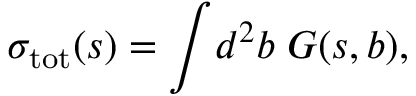
\sigma _ { \mathrm { t o t } } ( s ) = \int \! d ^ { 2 } b \; G ( s , b ) ,